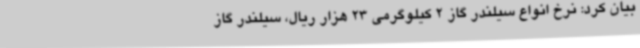
بیان کرد: نرخ انواع سیلندر گاز 2 کیلوگرمی 23 هزار ریال، سیلندر گاز